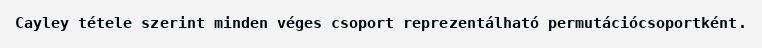
Cayley tétele szerint minden véges csoport reprezentálható permutációcsoportként.